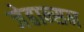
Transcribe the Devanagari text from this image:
जेहान्सन